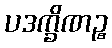
ပဒက္ခိဏဉ္စ